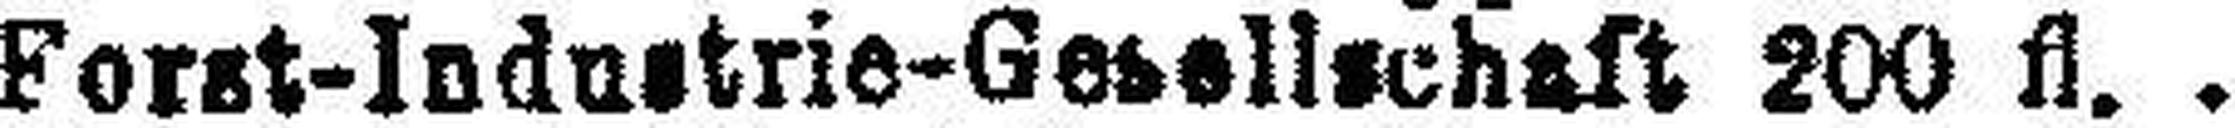
Forst-Industrie-Gesellschaft 200 fl.